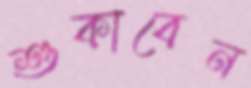
শুকাবেন